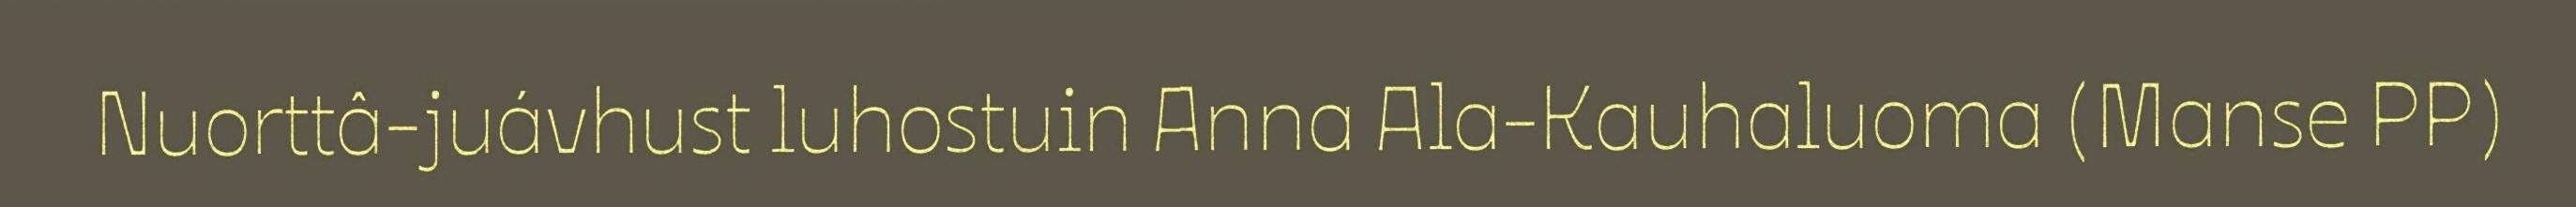
Nuorttâ-juávhust luhostuin Anna Ala-Kauhaluoma (Manse PP)